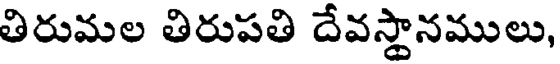
తిరుమల తిరుపతి దేవస్థానములు,